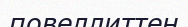
повеллиттен